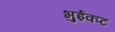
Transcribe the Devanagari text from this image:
भुईक्प्ट